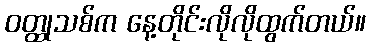
ဝတ္ထုသစ်က နေ့တိုင်းလိုလိုထွက်တယ်။